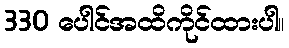
330 ပေါင်အထိကိုင်ထားပါ။